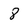
Character: 8